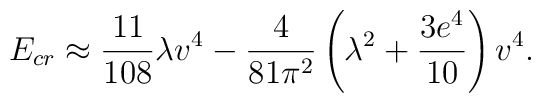
E_{cr} \approx {11\over 108} \lambda v^4 - {4\over81\pi^2} \left( \lambda^2 + {3e^4\over 10}\right) v^4.